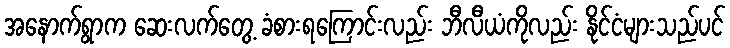
အနောက်ရွာက ဆေးလက်တွေ့ ခံစားရကြောင်းလည်း ဘီလီယံကိုလည်း နိုင်ငံများသည်ပင်